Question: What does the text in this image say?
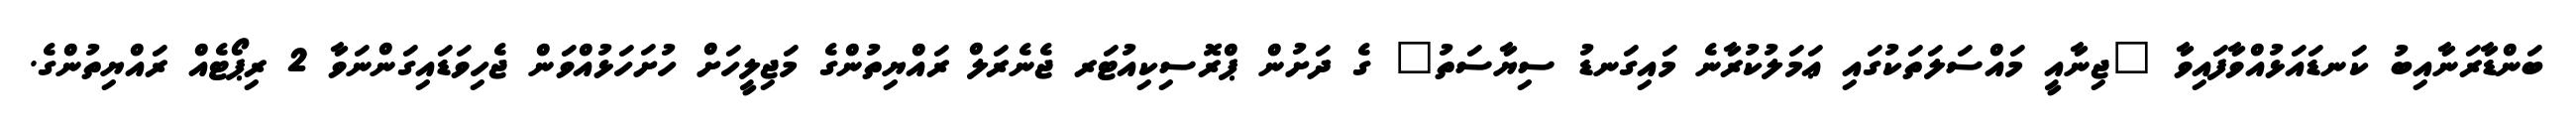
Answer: ބަންޑާރަނާއިބު ކަނޑައަޅުއްވާފައިވާ "ޖިނާއީ މައްސަލަތަކުގައި ޢަމަލުކުރާނެ މައިގަނޑު ސިޔާސަތު" ގެ ދަށުން ޕްރޮސިކިއުޓަރ ޖެނެރަލް ރައްޔިތުންގެ މަޖިލީހަށް ހުށަހަޅުއްވަން ޖެހިވަޑައިގަންނަވާ 2 ރިޕޯޓެއް ރައްޔިތުންގެ.